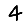
Digit: 4